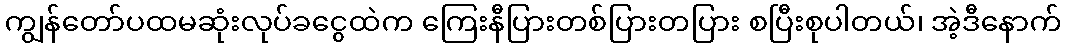
ကျွန်တော်ပထမဆုံးလုပ်ခငွေထဲက ကြေးနီပြားတစ်ပြားတပြား စပြီးစုပါတယ်၊ အဲ့ဒီနောက်